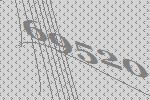
69520